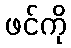
ဖင်ကို